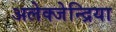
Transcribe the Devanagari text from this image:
अलेक्जेन्द्रिया